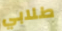
طلابي